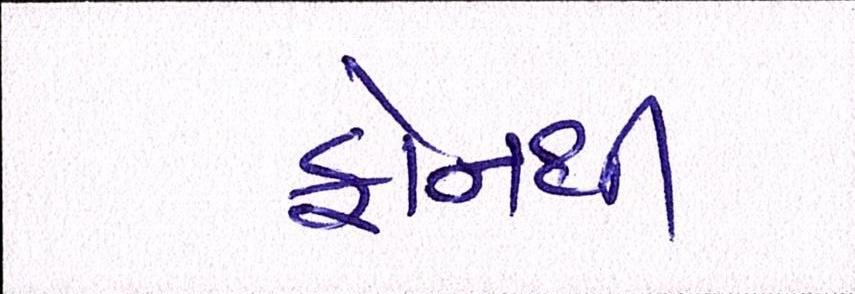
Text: ફોનથી